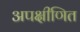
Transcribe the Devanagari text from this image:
अपक्षीणित